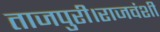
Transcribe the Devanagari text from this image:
ताजपुरी।राजवंशी